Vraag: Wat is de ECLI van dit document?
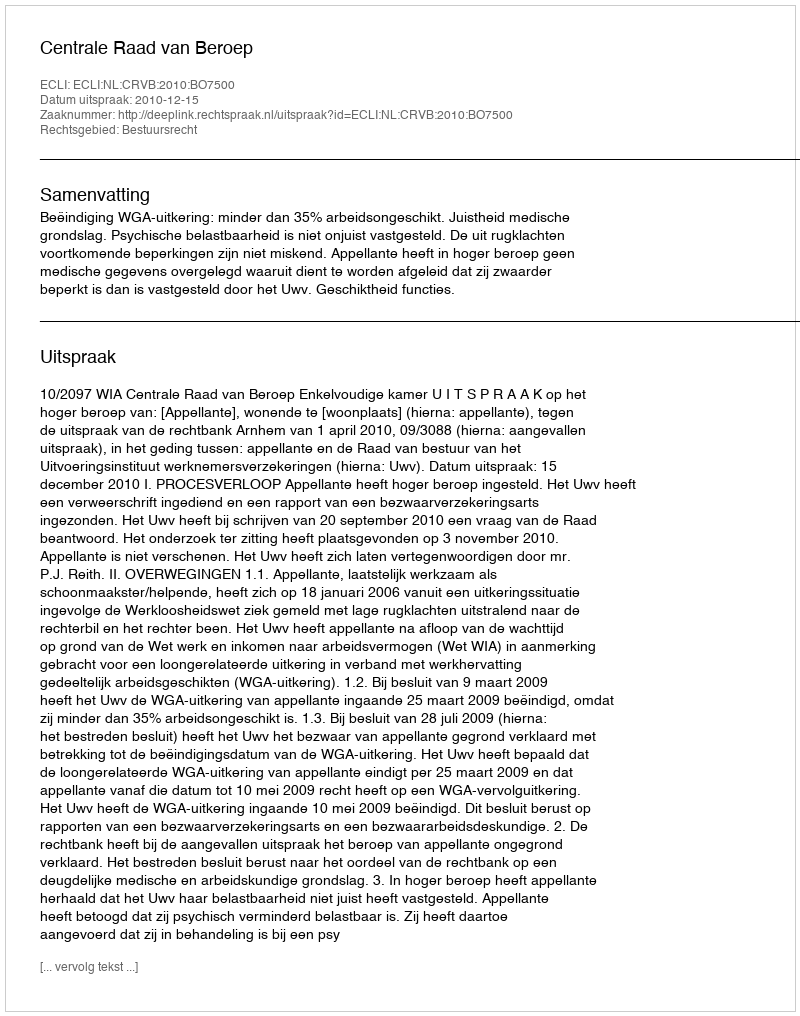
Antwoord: ECLI:NL:CRVB:2010:BO7500